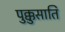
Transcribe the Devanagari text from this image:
पुक्कुसाति